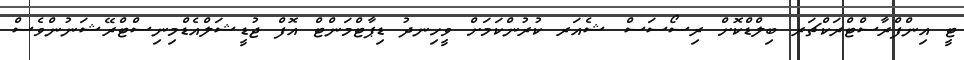
ޓީ އިންފްރާސްޓްރަކްޗަރ ބިލްޑްކޮށް ރިސޯސަސް ޝެއަރ ކުރުންކަމަށް ވީހިނދު ޑިޕާޓްމަންޓް އޮފް ޖުޑީޝަލްއެޑްމިނިސްޓްރޭޝަނުންވެސް